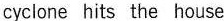
cyclone hits the house